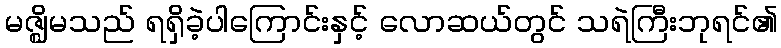
မဇ္ဈိမသည် ရရှိခဲ့ပါကြောင်းနှင့် လောဆယ်တွင် သရဲကြီးဘုရင်၏